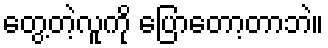
တွေ့တဲ့လူကို ပြောတော့တာဘဲ။